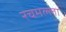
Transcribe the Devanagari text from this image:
रचमल्ला